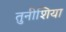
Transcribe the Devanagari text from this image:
तुनीशिया